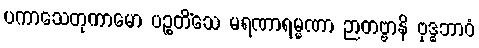
ပကာသေတုကာမော ပဉ္စတိံသေ မရဏာရမ္မဏာ ဉာတဗ္ဗာနိ ဗုဒ္ဓဘာဝံ